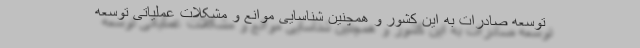
توسعه صادرات به این کشور و همچنین شناسایی موانع و مشکلات عملیاتی توسعه